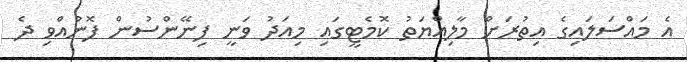
އެ މައްސަލައިގެ އިތުރަށް މާލިއްޔަތު ކޮމެޓީގައި މިއަދު ވަނީ ފިނޭންސުން ފޮނުއްވި ދެ